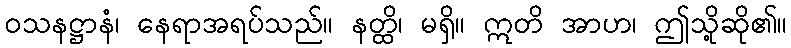
ဝသနဋ္ဌာနံ၊ နေရာအရပ်သည်။ နတ္ထိ၊ မရှိ။ ဣတိ အာဟ၊ ဤသို့ဆို၏။